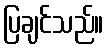
ပြချင်သည်။